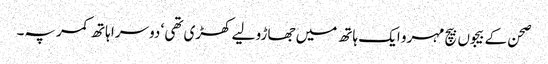
صحن کے بیجوں بیچ مہرو ایک ہاتھ میں جھاڑو لیے کھڑی تھی ‘ دوسرا ہاتھ کمر پہ۔